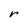
Character: r